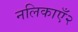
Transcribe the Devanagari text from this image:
नलिकाएँ२